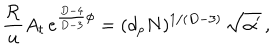
{ \frac { \cal R } { u } } A _ { t } \, e ^ { { \frac { D - 4 } { D - 3 } } \phi } = ( d _ { p } N ) ^ { 1 / ( D - 3 ) } \, \sqrt { \alpha ^ { \prime } } \, ,